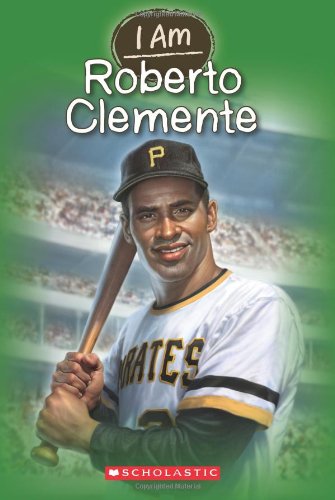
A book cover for I Am #8: Roberto Clemente; Jim Gigliotti; Children's Books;